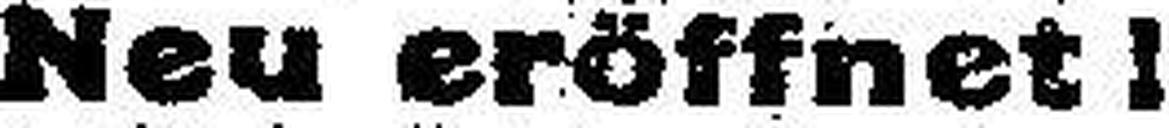
Neu eröffnet I